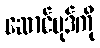
ဆောင်ပုဒ်ကို